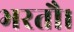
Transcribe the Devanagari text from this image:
भरतौ।